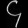
Digit: ၄